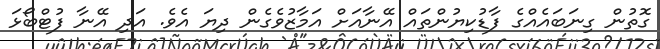
ގޮތުން ގިނަބައެއްގެ ފާޑުކިޔުންތައް އޭނާއަށް އަމާޒުވެގެން ދިޔަ އެވެ. އަދި އޭނާ ފުޓްބޯޅަ